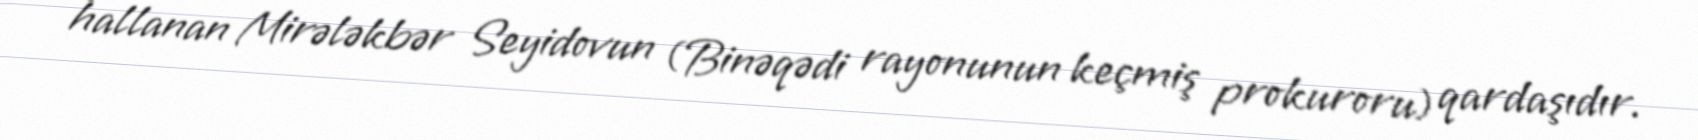
hallanan Mirələkbər Seyidovun (Binəqədi rayonunun keçmiş prokuroru) qardaşıdır.